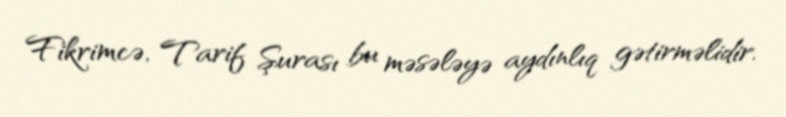
Fikrimcə, Tarif Şurası bu məsələyə aydınlıq gətirməlidir.